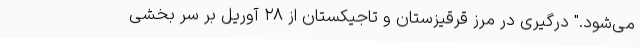
می‌شود." درگیری در مرز قرقیزستان و تاجیکستان از ۲۸ آوریل بر سر بخشی